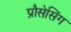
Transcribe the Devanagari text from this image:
प्रौसेसिंग